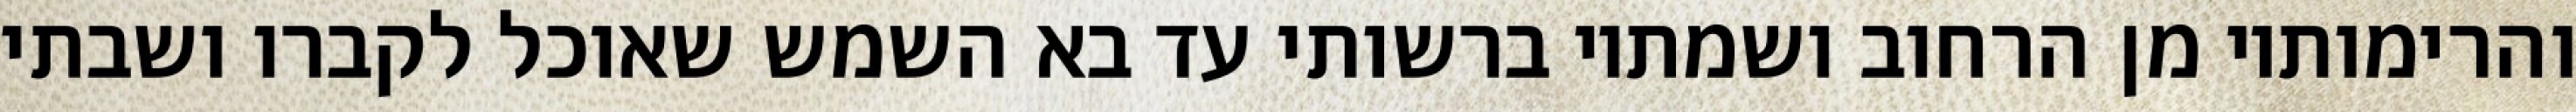
והרימותיו מן הרחוב ושמתיו ברשותי עד בא השמש שאוכל לקברו ושבתי